Medical and sanitary report on the native army of Bombay for the year
Year: 1877
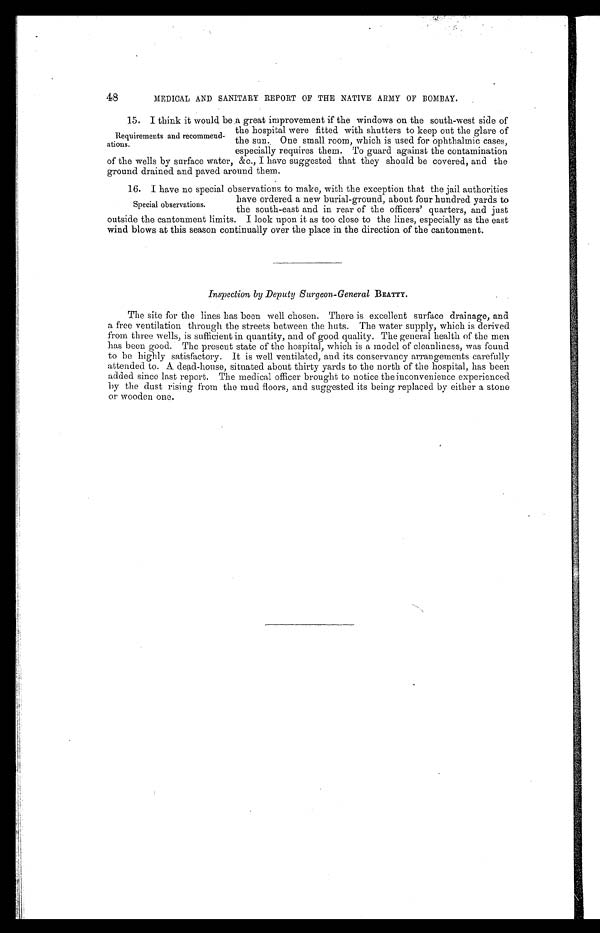
48
MEDICAL AND SANITARY REPORT OF THE NATIVE ARMY OF BOMBAY.
15. I think it would be .a great improvement if the windows on the south-west side of
the hospital were fitted with shutters to keep out the glare of
the sun., One small room, which is used for ophthalmic cases,
especially requires them. To guard against the contamination
of the wells by surface water, &c., I have suggested that they should be covered, and the
ground drained and paved around them.
16. I have no special observations to make, with the exception that the jail authorities
have ordered a new burial-ground, about four hundred yards to
the south-east and in rear of the officers' quarters, and just
outside the cantonment limits. I look upon it as too close to the lines, especially as the east
wind blows at this season continually over the place in the direction of the cantonment.
Inspection by Deputy Surgeon-General BEATTY .
The site for the lines has been well chosen. There is excellent surface drainage, and
a free ventilation through the streets between the huts. The water supply, which is derived.
from three wells, is sufficient in quantity, and of good quality. The general health of the men
has been good. The present state of the hospital, which is a model of cleanliness, was found
to be highly satisfactory. It is well ventilated, and its conservancy arrangements carefully
attended to. A dead-house, situated about thirty yards to the north of the hospital, has been
added since last report. The medical officer brought to notice the inconvenience experienced
by the dust rising from the mud floors, and suggested its being replaced by either a stone
or wooden one.
Requirements and recommend
-ations.
Special observations.